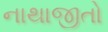
નાથાજીતો